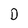
Character: D